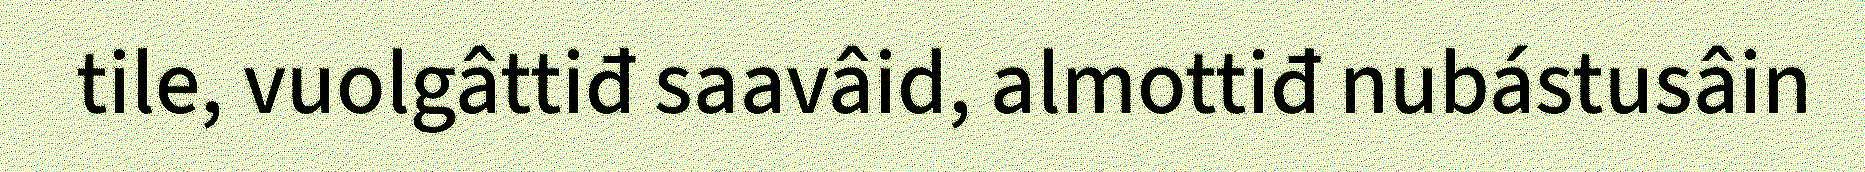
tile, vuolgâttiđ saavâid, almottiđ nubástusâin